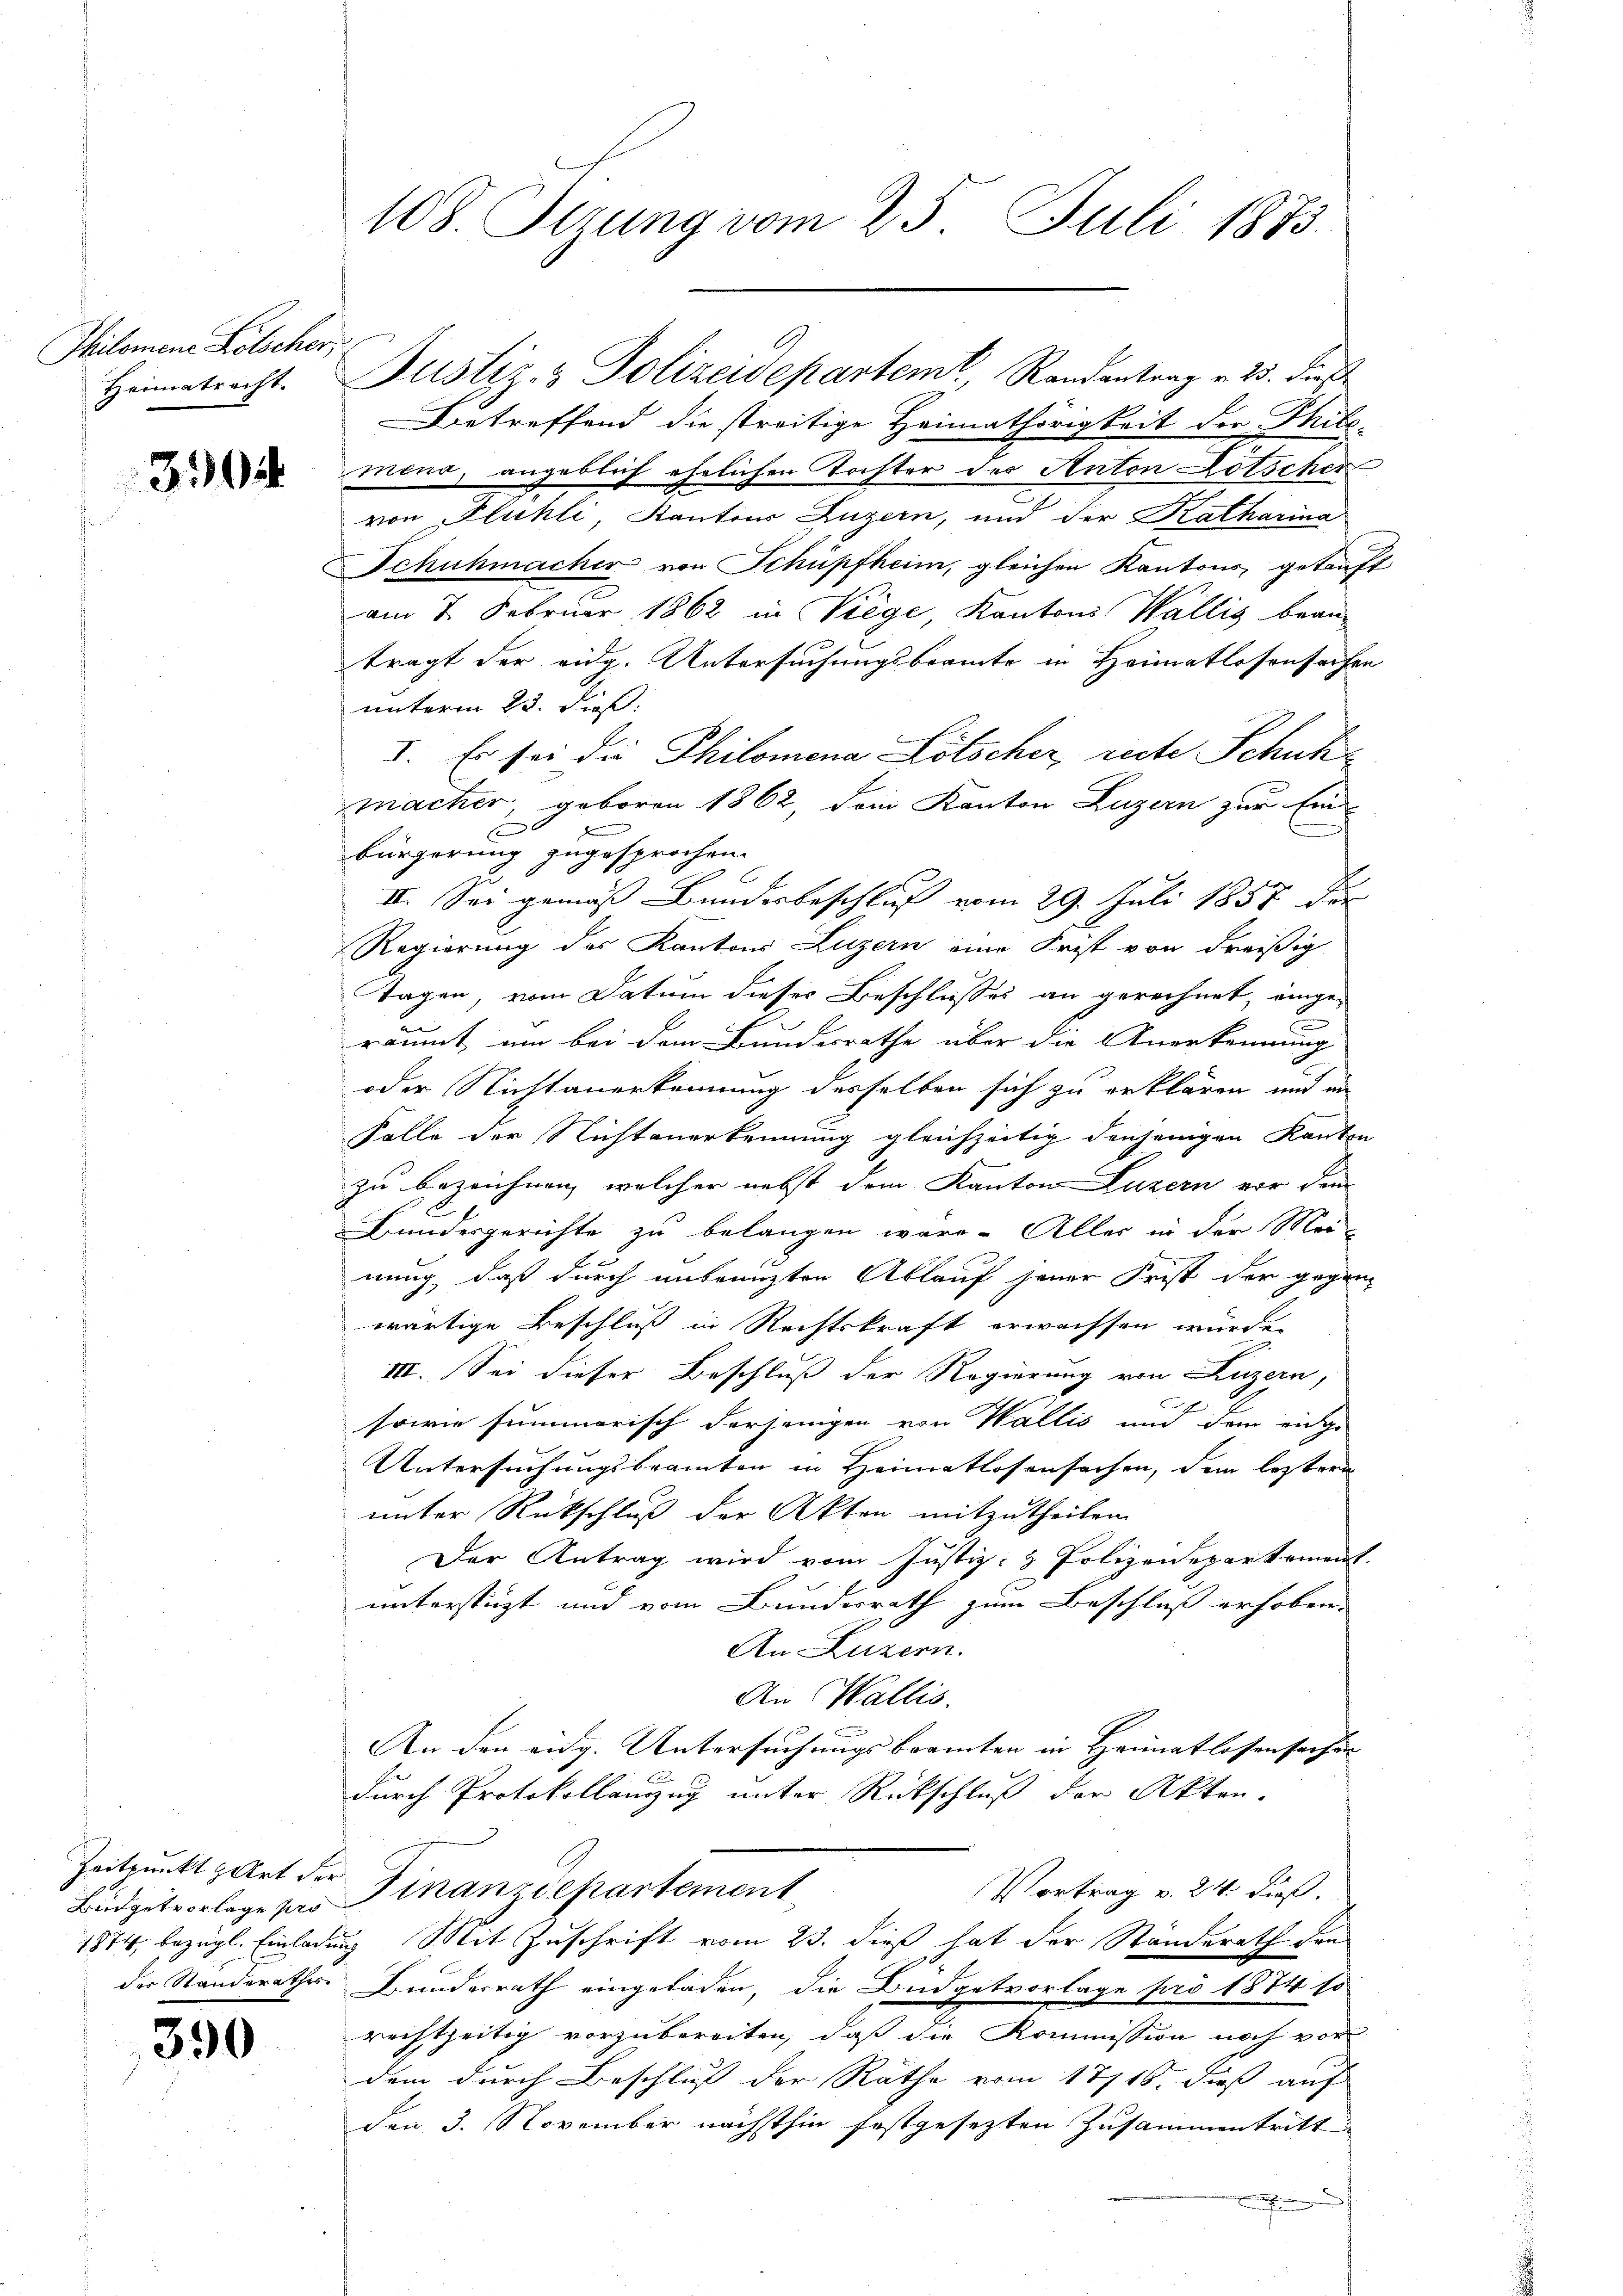
Philomene Litscher,
Heimatrecht.

330

Zeitpunkt Art der
Büdgetvorlage pro
1874 bezügl. Einlag
der Standerathes

390

108. Serung vom 25. Juli 1873.

.
Betreffend die streitige Heimathörigkeit der Thilemend, angeblich ehelichen Tochter des Anton Lötscher
von Flühli, Kantons Luzern, und der Katharina
Schuhmacher von Schüpfheim, gleichen Kantons, getauft
am 7. Februar 1862 in Viege Kantons Wallis bean
trägt der eidg. Untersuchungsbeamte in Heimatlosensachen
unterm 23. dieß.
I. Es sei die Philomena Lötscher recte Schuhmacher, geboren 1862, dein Kanton Luzern zur Ein-
t
bürgerung zugesprochen.
II. Sei gemäß Bundesbeschluß vom 29. Juli 1858 der
Regierung des Kantons Luzern eine Frist von dreißig
Tagen, vom Datum dieses Beschlusses an gerechnet, einge-
räumt, um bei dem Bundesrathe über die Anerkennung
oder Nichtanerkennung desselben sich zu erklären und in
Falle der Nichtanerkennung gleichzeitig denjenigen Kanton
zu bezeichnen, welcher nebst dem Kanton Luzern vor dem
Bundesgerichte zu belangen wäre. Aller in der Meinung, daß durch unbrenzten Ablauf jener Frist der gegen
wärtige Beschluß in Rechtskraft erwachsen würde.
III. Sei dieser Beschluß der Regierung von Luzern,
sowie summarisch derjenigen von Wallis und dem eidge
Untersuchungsbeamten in Heimatlosensachen, dem leztern
unter Rückschluß der Akten mitzutheilen.
Der Antrag wird vom Justiz- & Polizeidepartement.
unterstüzt und vom Bundesrath zum Beschluß erhoben.
An Luzern.
An Wallis.
An den eidg. Untersuchungsbeamten in Heimatlossensachen
durch Protokollauszug unter Rückschluß der Akten.
.
Finanzdepartement
Vortrag v. 24. dieß.
ug Mit Zuschrift vom 23. dieß hat der Standerath den
Bundesrath eingeladen, die Büdgetvorlage pro 1874 so
rechtzeitig vorzubereiten, daß die Kommission noch vor
dem durch Beschluß der Räthe vom 17/18. dieß auf
den 3. November nächsthin festgesezten Zusammentritt

Justiz- & Polizeidepartem, Randantrag v. 25. dieß